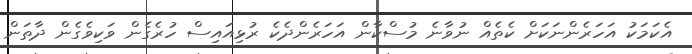
އެކަމަކު އަހަރެންނަކަށް ކެތެއް ނުވާނެ މުސްކާން އަހަރެންދެކެ ރުޅިއައިސް ހުރެގެން ވަކިވެގެން ދާތަން